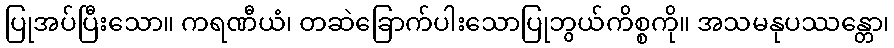
ပြုအပ်ပြီးသော။ ကရဏီယံ၊ တဆဲခြောက်ပါးသောပြုဘွယ်ကိစ္စကို။ အသမနုပဿန္တော၊